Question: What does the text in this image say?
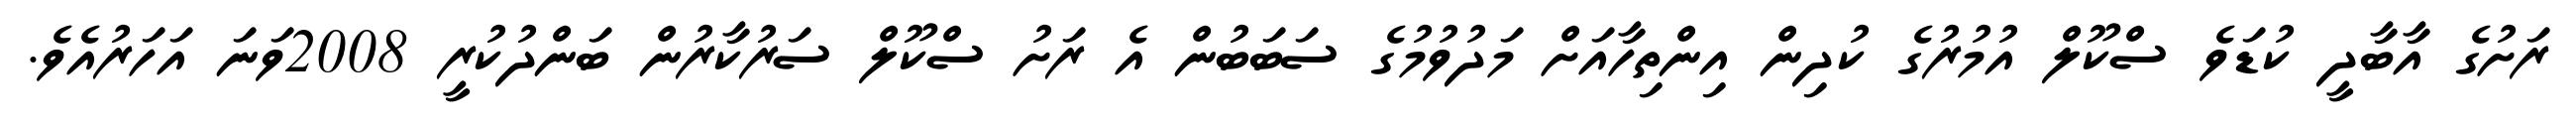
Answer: ރަށުގެ އާބާދީ ކުޑަވެ ސްކޫލް އުމުރުގެ ކުދިން އިންތިހާއަށް މަދުވުމުގެ ސަބަބުން އެ ރަށު ސްކޫލް ސަރުކާރުން ބަންދުކުރީ 2008ވަނަ އަހަރުއެވެ.